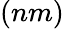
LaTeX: (nm)